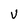
Character: V